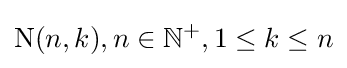
\operatorname {N} (n,k),n\in \mathbb {N} ^{+},1\leq k\leq n